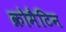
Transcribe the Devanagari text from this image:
क्रोमैटिन